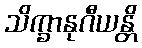
သိက္ခာနုဂီယန္တိ